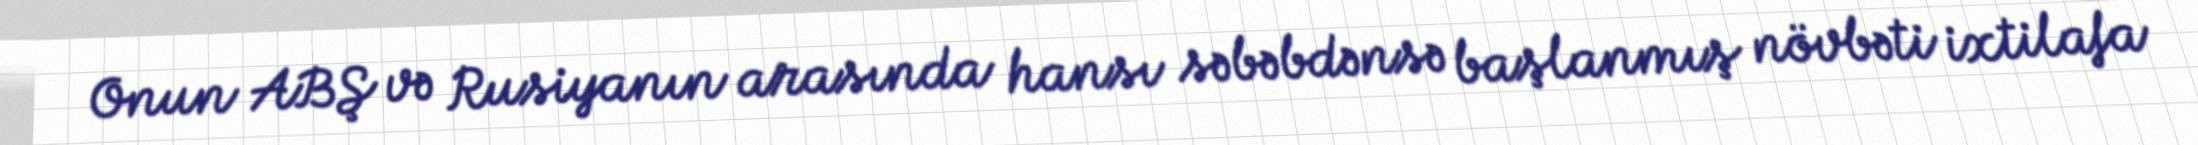
Onun ABŞ və Rusiyanın arasında hansı səbəbdənsə başlanmış növbəti ixtilafa